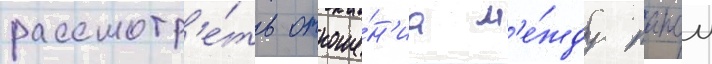
рассмотр'е́ть отноше́н'иа м'е́жду папои